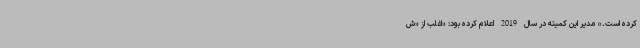
کرده است.» مدیر این کمیته در سال 2019 اعلام کرده بود: «اغلب از «ش